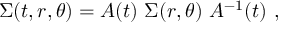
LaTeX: \Sigma ( t , r , \theta ) = A ( t ) \ \Sigma ( r , \theta ) \ A ^ { - 1 } ( t ) \ ,